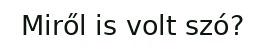
Miről is volt szó?